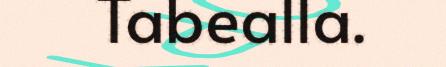
Tabealla.